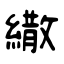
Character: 繖